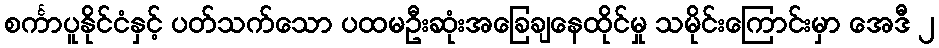
စင်္ကာပူနိုင်ငံနှင့် ပတ်သက်သော ပထမဦးဆုံးအခြေချနေထိုင်မှု သမိုင်းကြောင်းမှာ အေဒီ ၂